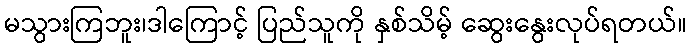
မသွားကြဘူး၊ဒါကြောင့် ပြည်သူကို နှစ်သိမ့် ဆွေးနွေးလုပ်ရတယ်။